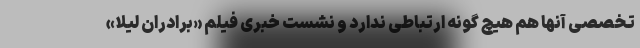
تخصصی آنها هم هیچ گونه ارتباطی ندارد و نشست خبری فیلم «برادران لیلا»